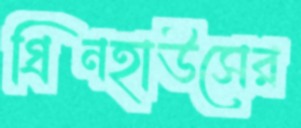
গ্রিনহাউসের